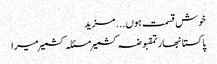
خوش قسمت ہوں ... مزید
پاکستانبھارتمقبوضہ کشمیرمسئلہ کشمیرمیرا